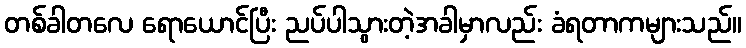
တစ်ခါတလေ ရောယောင်ပြီး ညပ်ပါသွားတဲ့အခါမှာလည်း ခံရတာကများသည်။